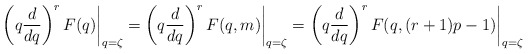
\begin{align*}\left(q\frac{d}{dq}\right)^r F(q)\biggr\rvert_{q=\zeta} = \left(q\frac{d}{dq}\right)^r F(q, m)\biggr\rvert_{q=\zeta} = \left(q\frac{d}{dq}\right)^r F(q, (r+1)p-1)\biggr\rvert_{q=\zeta}\end{align*}